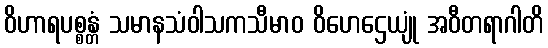
ဝိဟာရပစ္စန္တံ သမာနသံဝါသကသီမာဝ ဝိဟေဌေယျုံ အဝီတရာဂါတိ